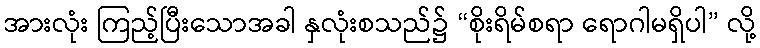
အားလုံး ကြည့်ပြီးသောအခါ နှလုံးစသည်၌ “စိုးရိမ်စရာ ရောဂါမရှိပါ” လို့